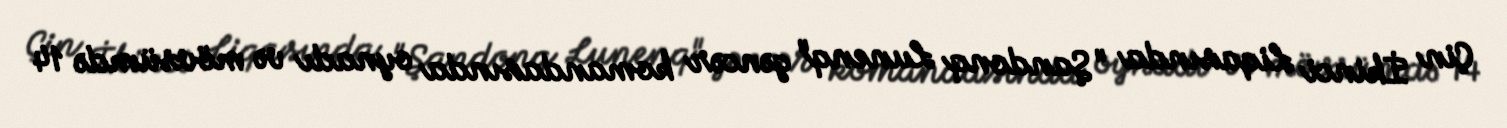
Çin İkinci Liqasında "Şandonq Lunenq" gəncər komandasında oynadı və mövsümdə 14